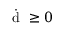
\dot { \mathrm { ~ d ~ } } \geq 0